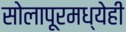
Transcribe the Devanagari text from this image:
सोलापूरमध्येही